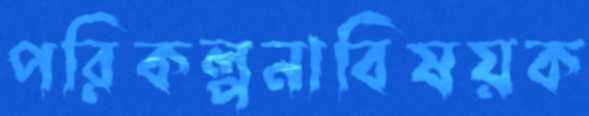
পরিকল্পনাবিষয়ক